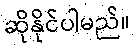
ဆိုနိုင်ပါမည်။